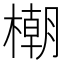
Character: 𣛨